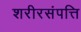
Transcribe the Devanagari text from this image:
शरीरसंपत्ति